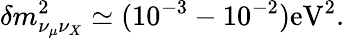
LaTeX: \delta m_{\nu_{\mu}\nu_{X}}^{2}\simeq(10^{-3}-10^{-2})\mathrm{eV^{2}}.